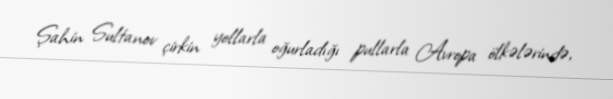
Şahin Sultanov çirkin yollarla oğurladığı pullarla Avropa ölkələrində,